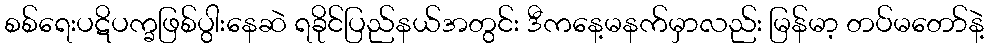
စစ်ရေးပဋိပက္ခဖြစ်ပွါးနေဆဲ ရခိုင်ပြည်နယ်အတွင်း ဒီကနေ့မနက်မှာလည်း မြန်မာ့ တပ်မတော်နဲ့